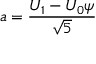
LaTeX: a = { \frac { U _ { 1 } - U _ { 0 } \psi } { \sqrt { 5 } } }